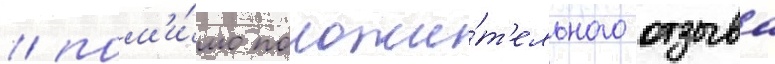
/ пом'и́мо положи́т'ельного отзыва